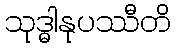
သုဒ္ဓါနုပဿီတိ